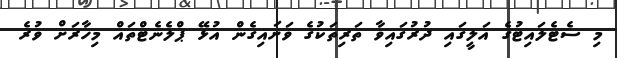
މި ސެޓެލައިޓުގެ އަލީގައި ދުރުގައިވާ ތަރިތަކުގެ ވަށައިގެން އުޅޭ ޕްލެނެޓްތައް މިހާރަށް ވުރެ